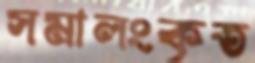
সমালংকৃত